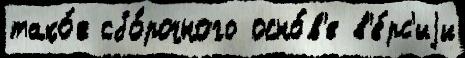
тако́е сбо́рочного осно́в'е в'е́рс'иjи